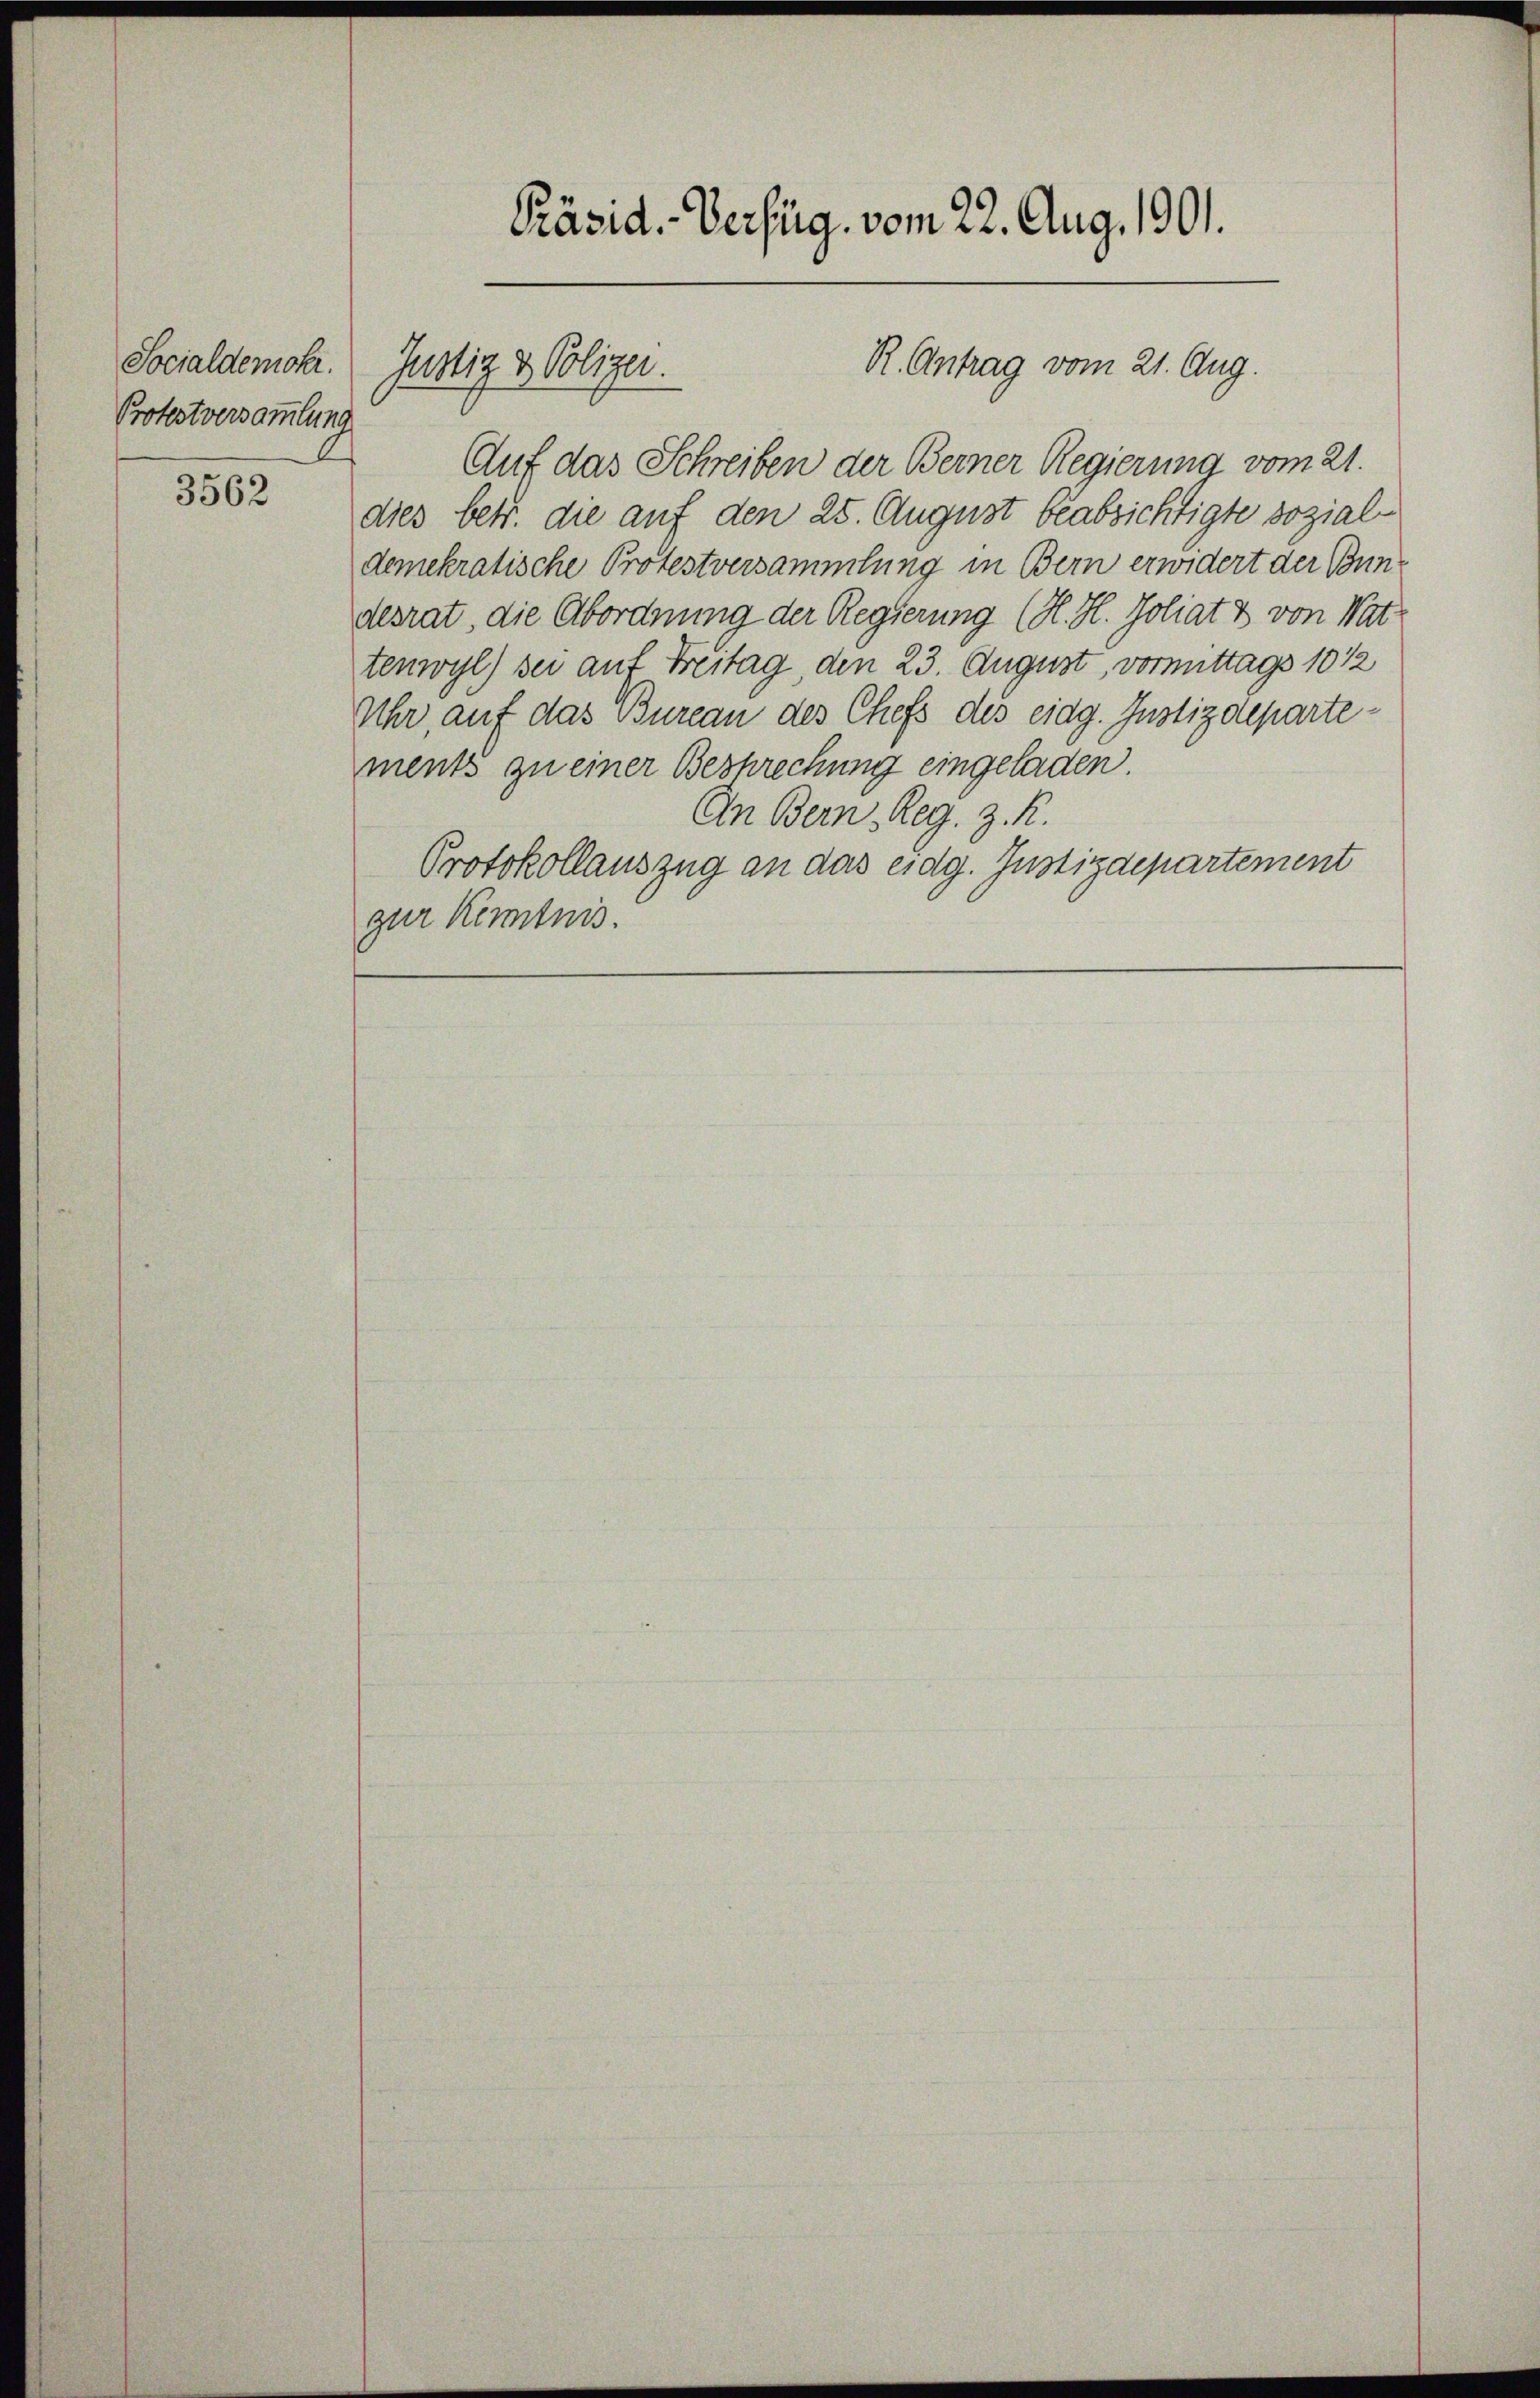
Socialdemokr.
Protestversammlung

3562

Präsid. Verfüg vom 22. Aug. 1901.

Justiz & Polizei.

R. Antrag vom 21. Aug.

Auf das Schreiben der Berner Regierung vom 21.
dies betr. die auf den 25. August beabsichtigte sozialdemekratische Protestversammlung in Bern erwidert der Bundesrat, die Abordnung der Regierung (H. H. Poliat & von Wat
tenwyl) sei auf Freitag, den 23. August, vormittags 1012
Uhr, auf das Bureau des Chefs des eidg. Justizdepartement zu einer Beschrechung eingeladen.
An Bern, Reg. z. R.
Protokollauszug an das eidg. Justizdepartement
zur Kenntnis.